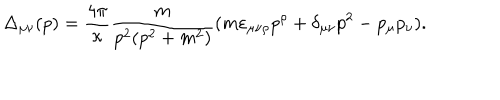
\Delta _ { \mu \nu } ( p ) = \frac { 4 \pi } { \kappa } \frac { m } { p ^ { 2 } ( p ^ { 2 } + m ^ { 2 } ) } ( m \varepsilon _ { \mu \nu \rho } p ^ { \rho } + \delta _ { \mu \nu } p ^ { 2 } - p _ { \mu } p _ { \nu } ) .